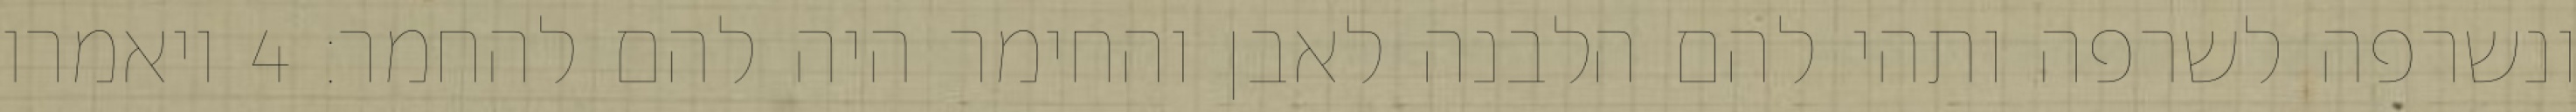
ונשרפה לשרפה ותהי להם הלבנה לאבן והחימר היה להם להחמר׃ ‎4‏ ויאמרו